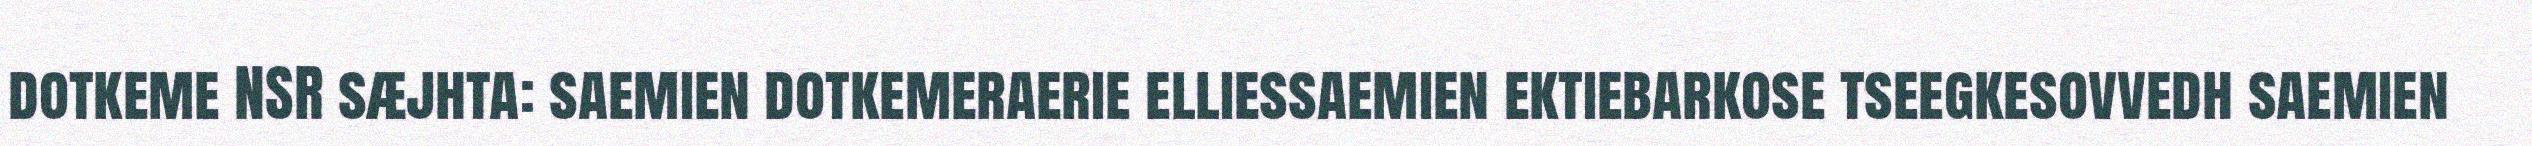
dotkeme NSR sæjhta: saemien dotkemeraerie elliessaemien ektiebarkose tseegkesovvedh saemien